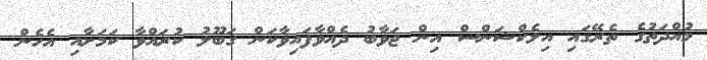
މުއްދަތުގެ ތެރޭގައި އިލެކްޝަންސް އިން ޖަވާބު ދެއްވާފައިވާކަން ގަބޫލު ކުރައްވާ ކަމަށާއި އެހެން